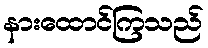
နားထောင်ကြသည်